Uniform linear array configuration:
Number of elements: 16
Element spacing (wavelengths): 0.5
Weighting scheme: uniform
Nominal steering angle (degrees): -15
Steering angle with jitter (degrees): -14.938
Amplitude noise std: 0.05
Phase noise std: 0.05

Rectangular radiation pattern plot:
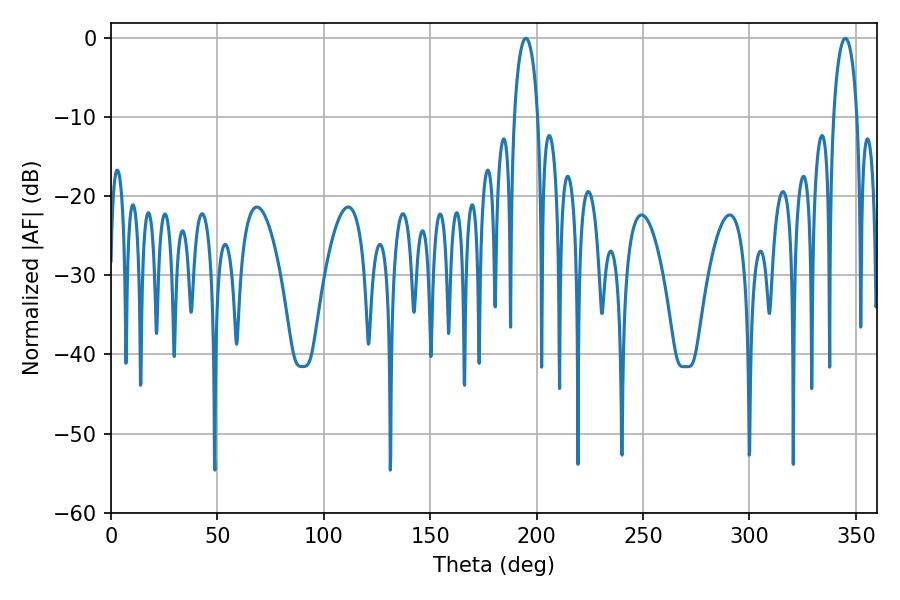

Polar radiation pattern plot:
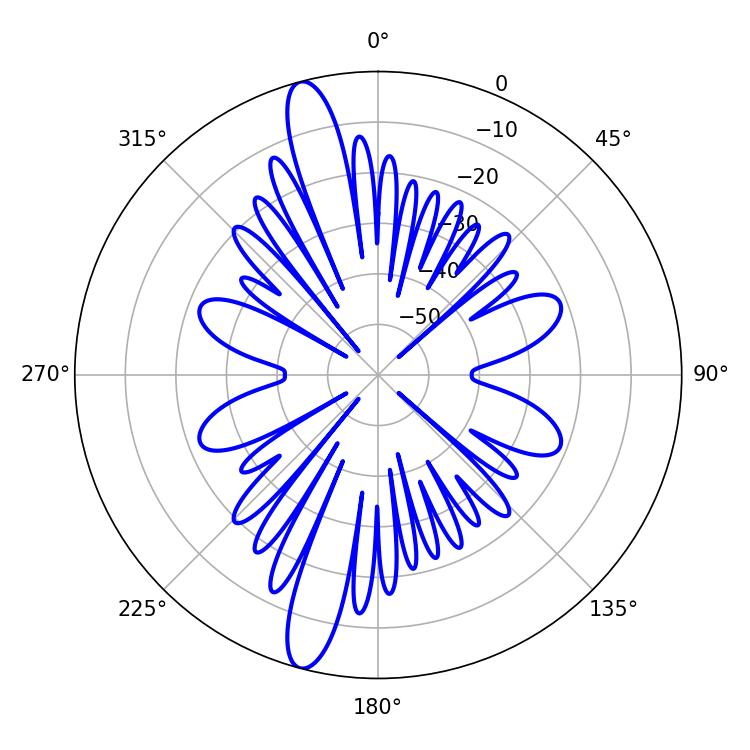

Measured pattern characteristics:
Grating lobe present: FALSE
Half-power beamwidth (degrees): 6.48
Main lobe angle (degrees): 194.94